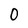
Character: 0